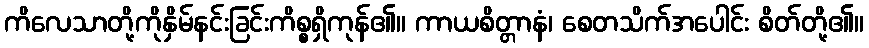
ကိလေသာတို့ကိုနှိမ်နင်းခြင်းကိစ္စရှိကုန်၏။ ကာယစိတ္တာနံ၊ စေတသိက်အပေါင်း စိတ်တို့၏။